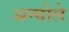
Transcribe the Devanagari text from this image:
अन्योले